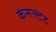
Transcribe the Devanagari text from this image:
कंसल्टंट